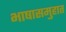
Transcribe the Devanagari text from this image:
भाषासमुहात